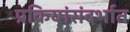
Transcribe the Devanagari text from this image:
प्रक्रियांसंदर्भात